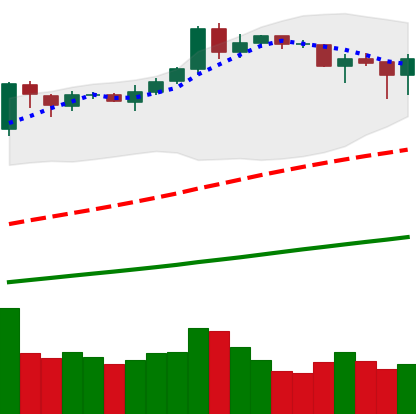
Ticker: BNB-USD
Chart end date: 2019-04-12
Forward return: 6.342%
Label: up_5_7